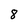
Character: 8